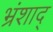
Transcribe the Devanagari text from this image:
भ्रंशाद्